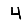
Digit: 4